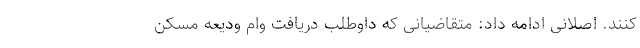
کنند. اصلانی ادامه داد: متقاضیانی که داوطلب دریافت وام ودیعه مسکن